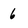
Character: 6